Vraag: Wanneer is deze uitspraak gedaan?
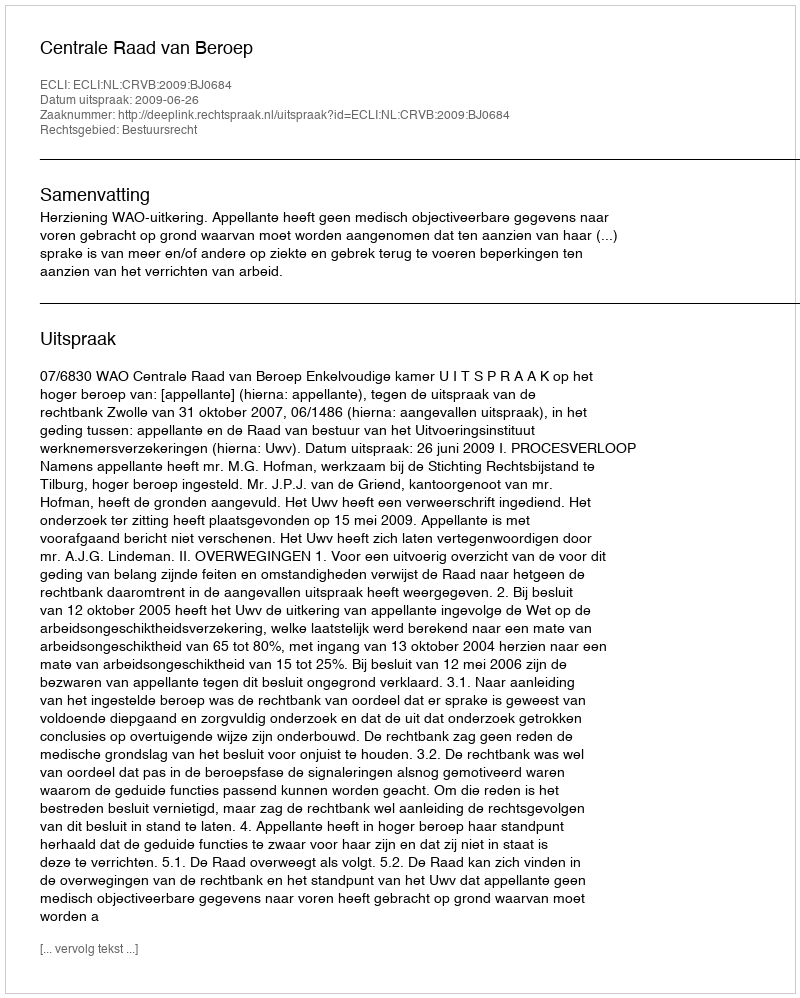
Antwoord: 2009-06-26